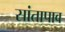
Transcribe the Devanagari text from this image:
सांतापाव